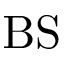
\mathrm { B S }